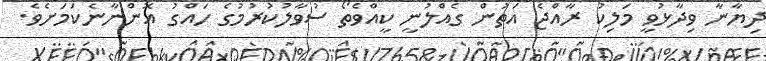
ދިޔާނާ ވިދާޅުވީ މަލިކު ރާއްޖެ އަތުން ގެއްލުނީ ކީއްވެތޯ ސުވާލުކުރުމުގެ ހައްގު އޮންނާނެކަމަށެވެ.